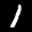
Label: 1